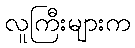
လူကြီးများက